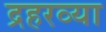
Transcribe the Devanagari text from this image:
द्रहरव्या